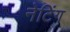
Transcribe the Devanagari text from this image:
नेटिंग